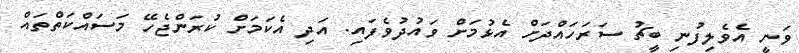
ވަނީ އެވެލިފުނި ބީޗު ސަރަހައްދަށް އެޅުމަށް ވައުދުވެފައި. އަދި އެކަމަށް ކުރަންޖެހޭ މަސައްކަތްތައް